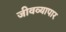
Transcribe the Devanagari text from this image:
जीवव्यापार